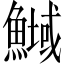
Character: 𲌽